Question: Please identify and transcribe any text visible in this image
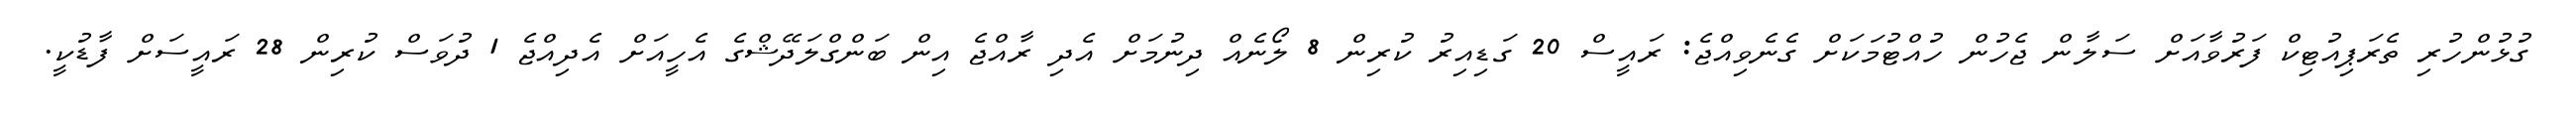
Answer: ގުޅުންހުރި ތެރަޕިއުޓިކް ފަރުވާއަށް ސަލާން ޖެހުން ހުއްޓުމަކަށް ގެނެވިއްޖެ: ރައީސް 20 ގަޑިއިރު ކުރިން 8 ލޯނެއް ދިނުމަށް އެދި ރާއްޖެ އިން ބަންގްލަދޭޝްގެ އެހީއަށް އެދިއްޖެ 1 ދުވަސް ކުރިން 28 ރައީސަށް ފާޑުކީ.